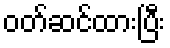
ဝတ်ဆင်ထားပြီး